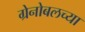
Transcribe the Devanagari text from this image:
ग्रेनोबलच्या